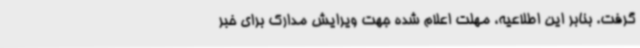
گرفت. بنابر این اطلاعیه، مهلت اعلام شده جهت ویرایش مدارک برای خبر